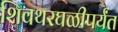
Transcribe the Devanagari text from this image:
शिवथरघळीपर्यंत